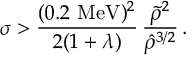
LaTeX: \sigma > \frac { ( 0 . 2 \, \, \mathrm { M e V } ) ^ { 2 } } { 2 ( 1 + \lambda ) } \, \frac { \tilde { \rho } ^ { 2 } } { \hat { \rho } ^ { 3 / 2 } } \, .